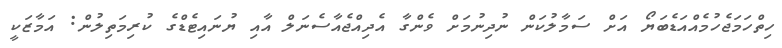
ހިތްހަމަޖެހުމެއްއަޑެބަޔޯ އަށް ސަމާލުކަން ނުދިނުމަށް ވެންގާ އެދިއްޖެއާސެނަލް އާއި ޔުނައިޓެޑްގެ ކުރިމަތިލުން: އަމާޒަކީ